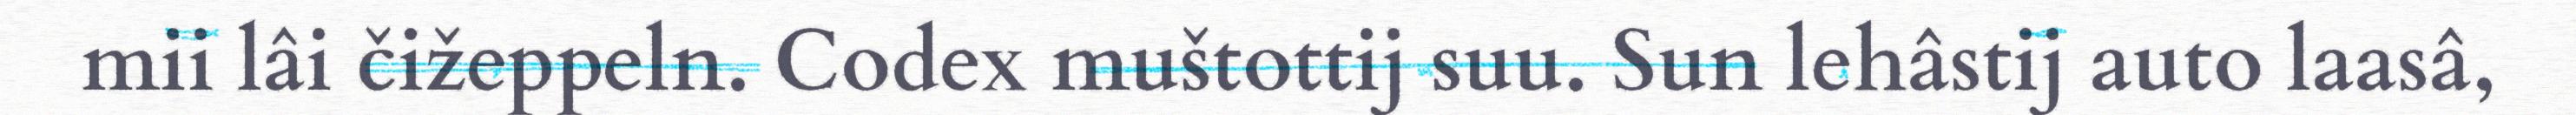
mii lâi čižeppeln. Codex muštottij suu. Sun lehâstij auto laasâ,